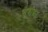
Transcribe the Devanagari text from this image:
सूबाक।